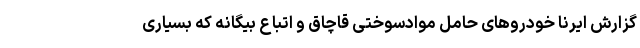
گزارش ایرنا خودروهای حامل موادسوختی قاچاق و اتباع بیگانه که بسیاری